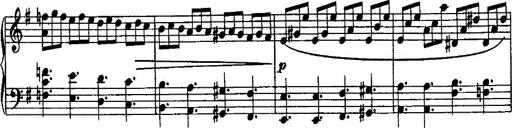
Title: Rondo di bravura
Composer: Franz Liszt